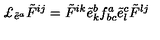
\pounds _ { \tilde { e } ^ { a } } \tilde { F } ^ { i j } = \tilde { F } ^ { i k } \tilde { e } _ { k } ^ { b } f _ { b c } ^ { a } \tilde { e } _ { l } ^ { c } \tilde { F } ^ { l j }